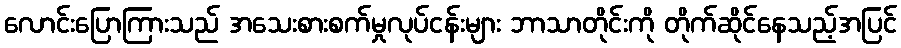
လောင်းပြောကြားသည် အသေးစားစက်မှုလုပ်ငန်းများ ဘာသာတိုင်းကို တိုက်ဆိုင်နေသည့်အပြင်